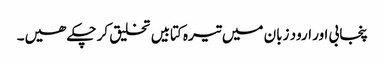
پنجابی اور ارود زبان میں تیرہ کتابیں تخلیق کر چکے ھیں۔